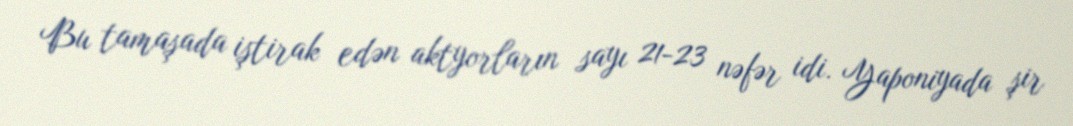
Bu tamaşada iştirak edən aktyorların sayı 21-23 nəfər idi. Yaponiyada şir